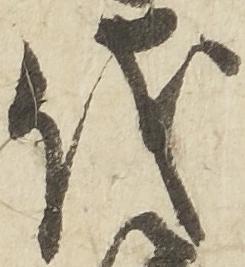
儀